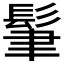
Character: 𩬶